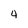
Character: 4